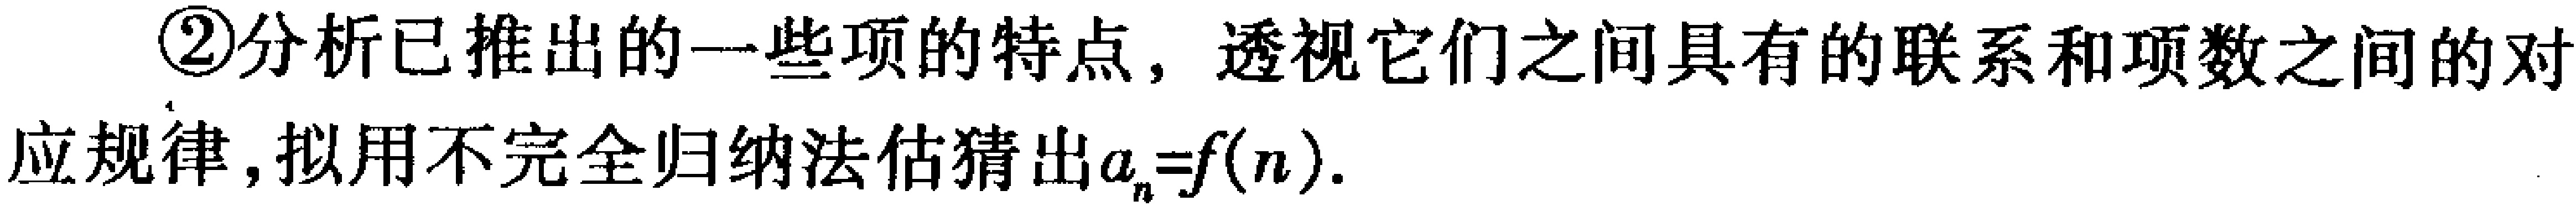
\textcircled{2}分析已推出的一些项的特点, 透视它们之间具有的联系和项数之间的对
应规律, 拟用不完全归纳法估猜出\(a_{n}=f(n)\).